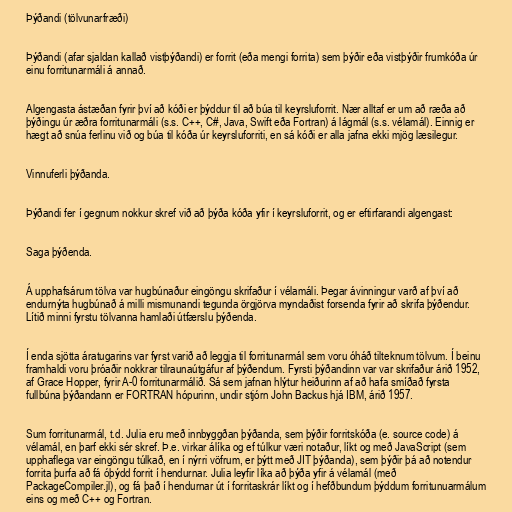
Þýðandi (tölvunarfræði)

Þýðandi (afar sjaldan kallað vistþýðandi) er forrit (eða mengi forrita) sem þýðir eða vistþýðir frumkóða úr
einu forritunarmáli á annað.

Algengasta ástæðan fyrir því að kóði er þýddur til að búa til keyrsluforrit. Nær alltaf er um að ræða að
þýðingu úr æðra forritunarmáli (s.s. C++, C#, Java, Swift eða Fortran) á lágmál (s.s. vélamál). Einnig er
hægt að snúa ferlinu við og búa til kóða úr keyrsluforriti, en sá kóði er alla jafna ekki mjög læsilegur.

Vinnuferli þýðanda.

Þýðandi fer í gegnum nokkur skref við að þýða kóða yfir í keyrsluforrit, og er eftirfarandi algengast:

Saga þýðenda.

Á upphafsárum tölva var hugbúnaður eingöngu skrifaður í vélamáli. Þegar ávinningur varð af því að
endurnýta hugbúnað á milli mismunandi tegunda örgjörva myndaðist forsenda fyrir að skrifa þýðendur.
Lítið minni fyrstu tölvanna hamlaði útfærslu þýðenda.

Í enda sjötta áratugarins var fyrst varið að leggja til forritunarmál sem voru óháð tilteknum tölvum. Í beinu
framhaldi voru þróaðir nokkrar tilraunaútgáfur af þýðendum. Fyrsti þýðandinn var var skrifaður árið 1952,
af Grace Hopper, fyrir A-0 forritunarmálið. Sá sem jafnan hlýtur heiðurinn af að hafa smíðað fyrsta
fullbúna þýðandann er FORTRAN hópurinn, undir stjórn John Backus hjá IBM, árið 1957.

Sum forritunarmál, t.d. Julia eru með innbyggðan þýðanda, sem þýðir forritskóða (e. source code) á
vélamál, en þarf ekki sér skref. Þ.e. virkar álíka og ef túlkur væri notaður, líkt og með JavaScript (sem
upphaflega var eingöngu túlkað, en í nýrri vöfrum, er þýtt með JIT þýðanda), sem þýðir þá að notendur
forrita þurfa að fá óþýdd forrit í hendurnar. Julia leyfir líka að þýða yfir á vélamál (með
PackageCompiler.jl), og fá það í hendurnar út í forritaskrár líkt og í hefðbundum þýddum forritunuarmálum
eins og með C++ og Fortran.